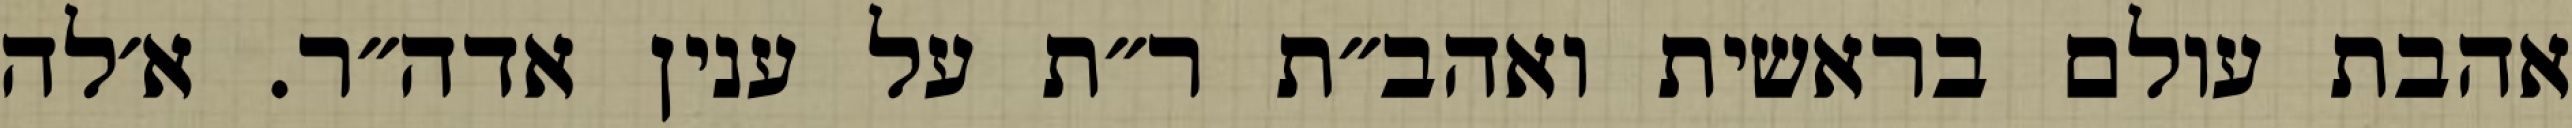
אהבת עולם בראשית ואהב״ת ר״ת על ענין אדה״ר. א׳לה